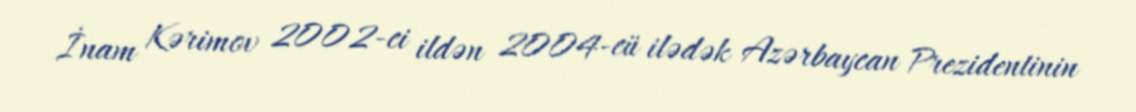
İnam Kərimov 2002-ci ildən 2004-cü ilədək Azərbaycan Prezidentinin